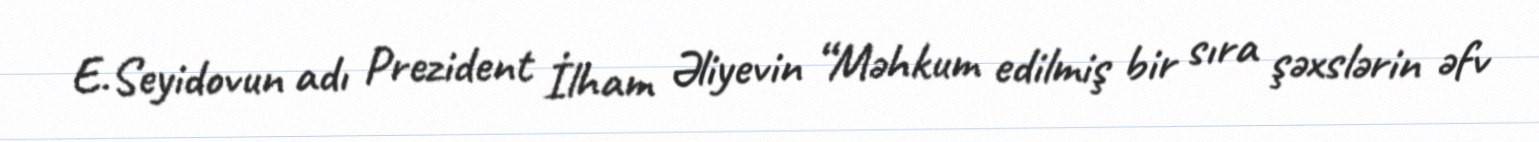
E.Seyidovun adı Prezident İlham Əliyevin “Məhkum edilmiş bir sıra şəxslərin əfv